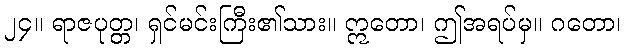
၂၄။ ရာဇပုတ္တ၊ ရှင်မင်းကြီး၏သား။ ဣတော၊ ဤအရပ်မှ။ ဂတော၊